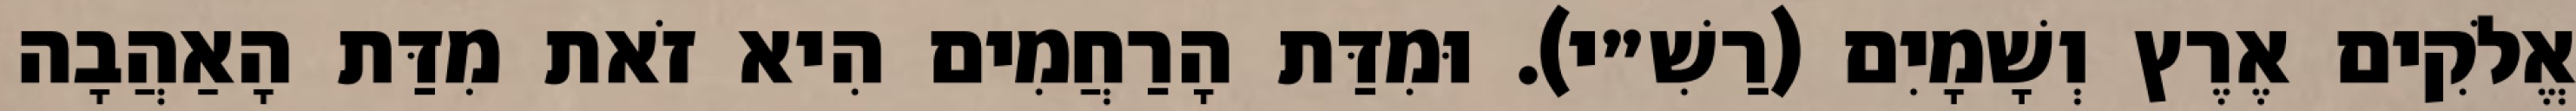
אֱלֹקִים אֶרֶץ וְשָׁמָיִם (רַשִׁ״י). וּמִדַּת הָרַחֲמִים הִיא זֹאת מִדַּת הָאַהֲבָה